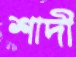
শাদী